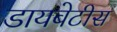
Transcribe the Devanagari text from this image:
डायबेटीस